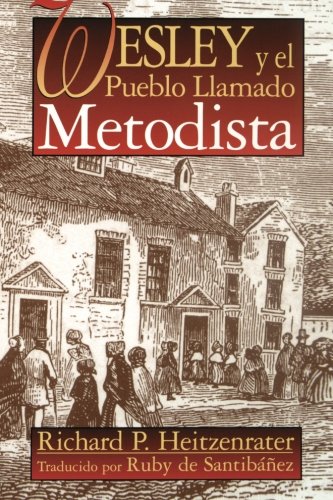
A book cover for Wesley Y El Pueblo Llamado Metodista / Wesley and the People Called Methodist; Richard P. Heitzenrater; Christian Books & Bibles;